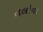
તલોવા